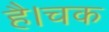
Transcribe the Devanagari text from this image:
है।चक